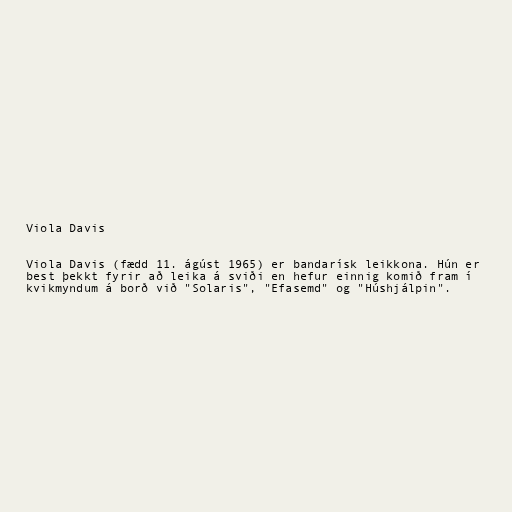
Viola Davis

Viola Davis (fædd 11. ágúst 1965) er bandarísk leikkona. Hún er
best þekkt fyrir að leika á sviði en hefur einnig komið fram í
kvikmyndum á borð við "Solaris", "Efasemd" og "Húshjálpin".